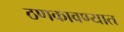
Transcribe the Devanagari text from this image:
ठणकावण्यात